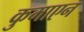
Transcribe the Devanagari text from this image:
कुमाएन